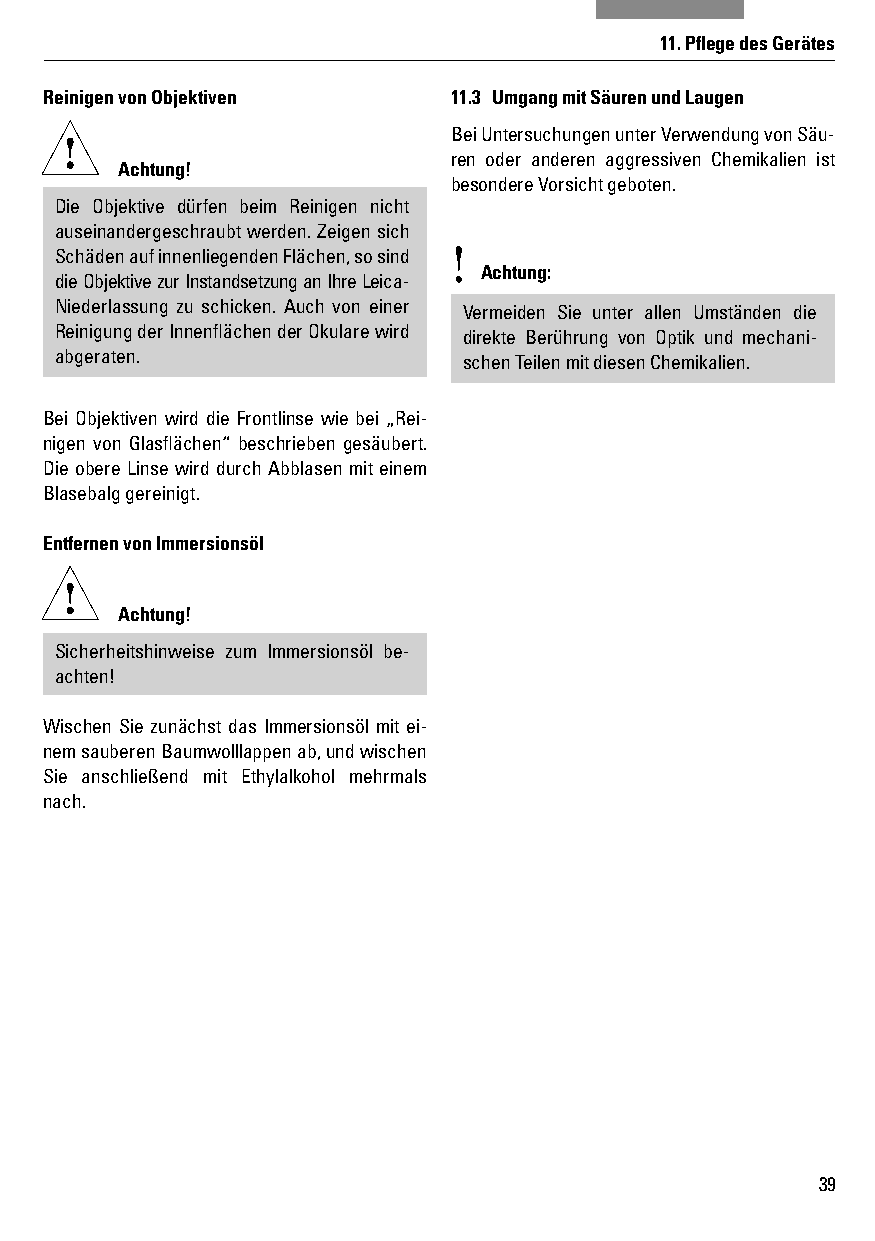
11. Pfl ege des Gerätes
 Reinigen von Objektiven    11.3 Umgang mit Säuren und Laugen
 Bei Untersuchungen unter Verwendung von Säu-
 ren oder anderen aggressiven Chemikalien ist
 Achtung!
 besondere Vorsicht geboten.
 Die Objektive dürfen beim Reinigen nicht
 auseinandergeschraubt werden. Zeigen sich
 Schäden auf innenliegenden Flächen, so sind !
 die Objektive zur Instandsetzung an Ihre Leica-
 Achtung:
 Niederlassung zu schicken. Auch von einer Vermeiden Sie unter allen Umständen die
 Reinigung der Innenfl ächen der Okulare wird direkte Berührung von Optik und mechani-
 abgeraten.                 schen Teilen mit diesen Chemikalien.
 Bei Objektiven wird die Frontlinse wie bei „Rei-
 nigen von Glasfl ächen“ beschrieben gesäubert.
 Die obere Linse wird durch Abblasen mit einem
 Blasebalg gereinigt.
 Entfernen von Immersionsöl
 Achtung!
 Sicherheitshinweise zum Immersionsöl be-
 achten!
 Wischen Sie zunächst das Immersionsöl mit ei-
 nem sauberen Baumwolllappen ab, und wischen
 Sie anschließend mit Ethylalkohol mehrmals
 nach.
 39